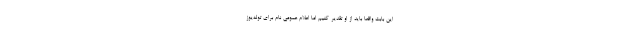
این بابت واقعا باید از او تقدیر کنیم اما اعلام عمومی نام برای توله‌یوز